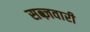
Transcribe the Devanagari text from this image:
सब्ज़वारी